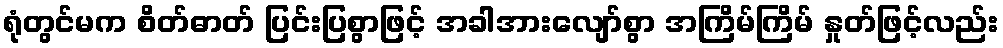
ရုံတွင်မက စိတ်ဓာတ် ပြင်းပြစွာဖြင့် အခါအားလျော်စွာ အကြိမ်ကြိမ် နှုတ်ဖြင့်လည်း